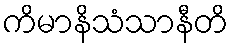
ကိမာနိသံသာနီတိ